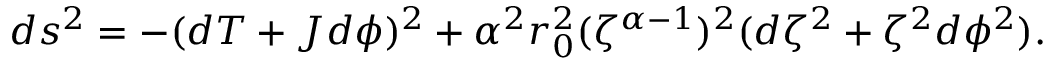
d s ^ { 2 } = - ( d T + J d \phi ) ^ { 2 } + \alpha ^ { 2 } r _ { 0 } ^ { 2 } ( \zeta ^ { \alpha - 1 } ) ^ { 2 } ( d \zeta ^ { 2 } + \zeta ^ { 2 } d \phi ^ { 2 } ) .